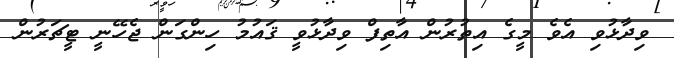
ވިދާޅުވި އެވެ މީގެ އިތުރުން އާތިފް ވިދާޅުވީ ޤައުމު ހިންގަން ޖެހޭނީ ޓީޗަރުން